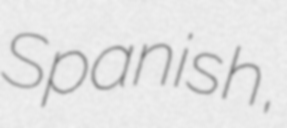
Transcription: Spanish,